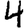
Digit: 4